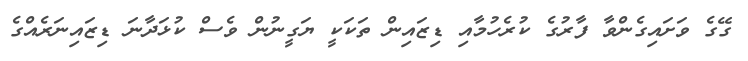
ގޭގެ ވަށައިގެންވާ ފާރުގެ ކުރެހުމާއި ޑިޒައިން ތަކަކީ ޔަގީނުން ވެސް ކުޅަދާނަ ޑިޒައިނަރެއްގެ